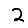
Digit: 2